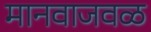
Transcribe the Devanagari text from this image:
मानवाजवळ